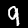
Label: 9